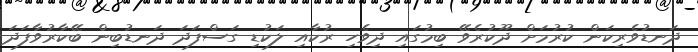
ދަނޑުވެރިކަން ކުރުމަށް ދޫކުރެވޭ ބިމުގައި ދިވެހި ރުކާއި ލަކުޑި ގަސްފަދަ ދަނޑުބިން ބޭކާރުވާފަދަ